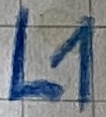
Text: L1